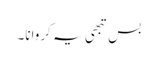
بس تبھی یہ کروانا۔